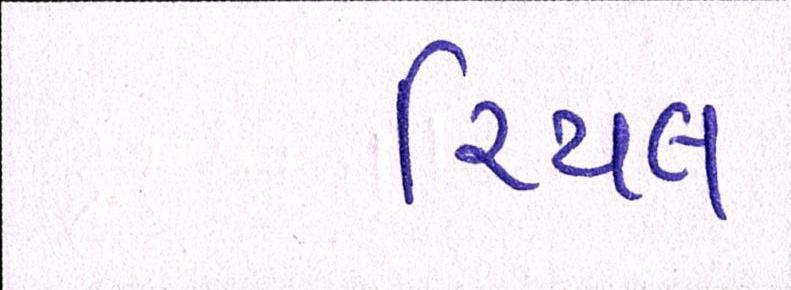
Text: રિયલ